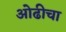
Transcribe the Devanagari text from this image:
ओढीचा